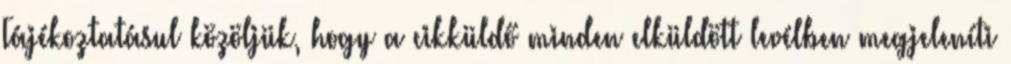
Tájékoztatásul közöljük, hogy a cikküldő minden elküldött levélben megjeleníti